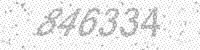
Solution: 846334